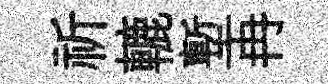
祈轆塹冉